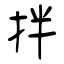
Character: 拌